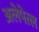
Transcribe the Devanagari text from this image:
अलेपेत्ल